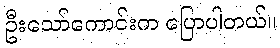
ဦးသော်ကောင်းက ပြောပါတယ်။